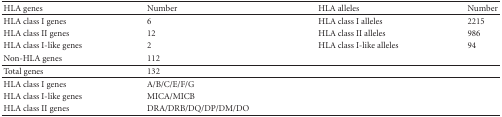
<table><thead><tr><td><b>HLA genes</b></td><td><b>Number</b></td><td><b>HLA alleles</b></td><td><b>Number</b></td></tr></thead><tbody><tr><td>HLA class I genes</td><td>6</td><td>HLA class I alleles</td><td>2215</td></tr><tr><td>HLA class II genes</td><td>12</td><td>HLA class II alleles</td><td>986</td></tr><tr><td>HLA class I-like genes</td><td>2</td><td>HLA class I-like alleles</td><td>94</td></tr><tr><td>Non-HLA genes</td><td>112</td><td>[EMPTY_CELL]</td><td>[EMPTY_CELL]</td></tr><tr><td>Total genes</td><td>132</td><td>[EMPTY_CELL]</td><td>[EMPTY_CELL]</td></tr><tr><td>HLA class I genes</td><td>A/B/C/E/F/G</td><td>[EMPTY_CELL]</td><td>[EMPTY_CELL]</td></tr><tr><td>HLA class I-like genes</td><td>MICA/MICB</td><td>[EMPTY_CELL]</td><td>[EMPTY_CELL]</td></tr><tr><td>HLA class II genes</td><td>DRA/DRB/DQ/DP/DM/DO</td><td>[EMPTY_CELL]</td><td>[EMPTY_CELL]</td></tr></tbody></table>